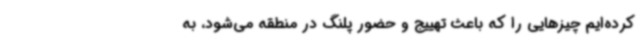
کرده‌ایم چیزهایی را که باعث تهییج و حضور پلنگ در منطقه می‌شود، به